Bréfritari: Sigríður Pálsdóttir
Viðtakandi: Páll Pálsson
Dagsetning: A-1856-03-03
Skrifað á: Hraungerði  Árn.
Páll var bróðir Sigríðar

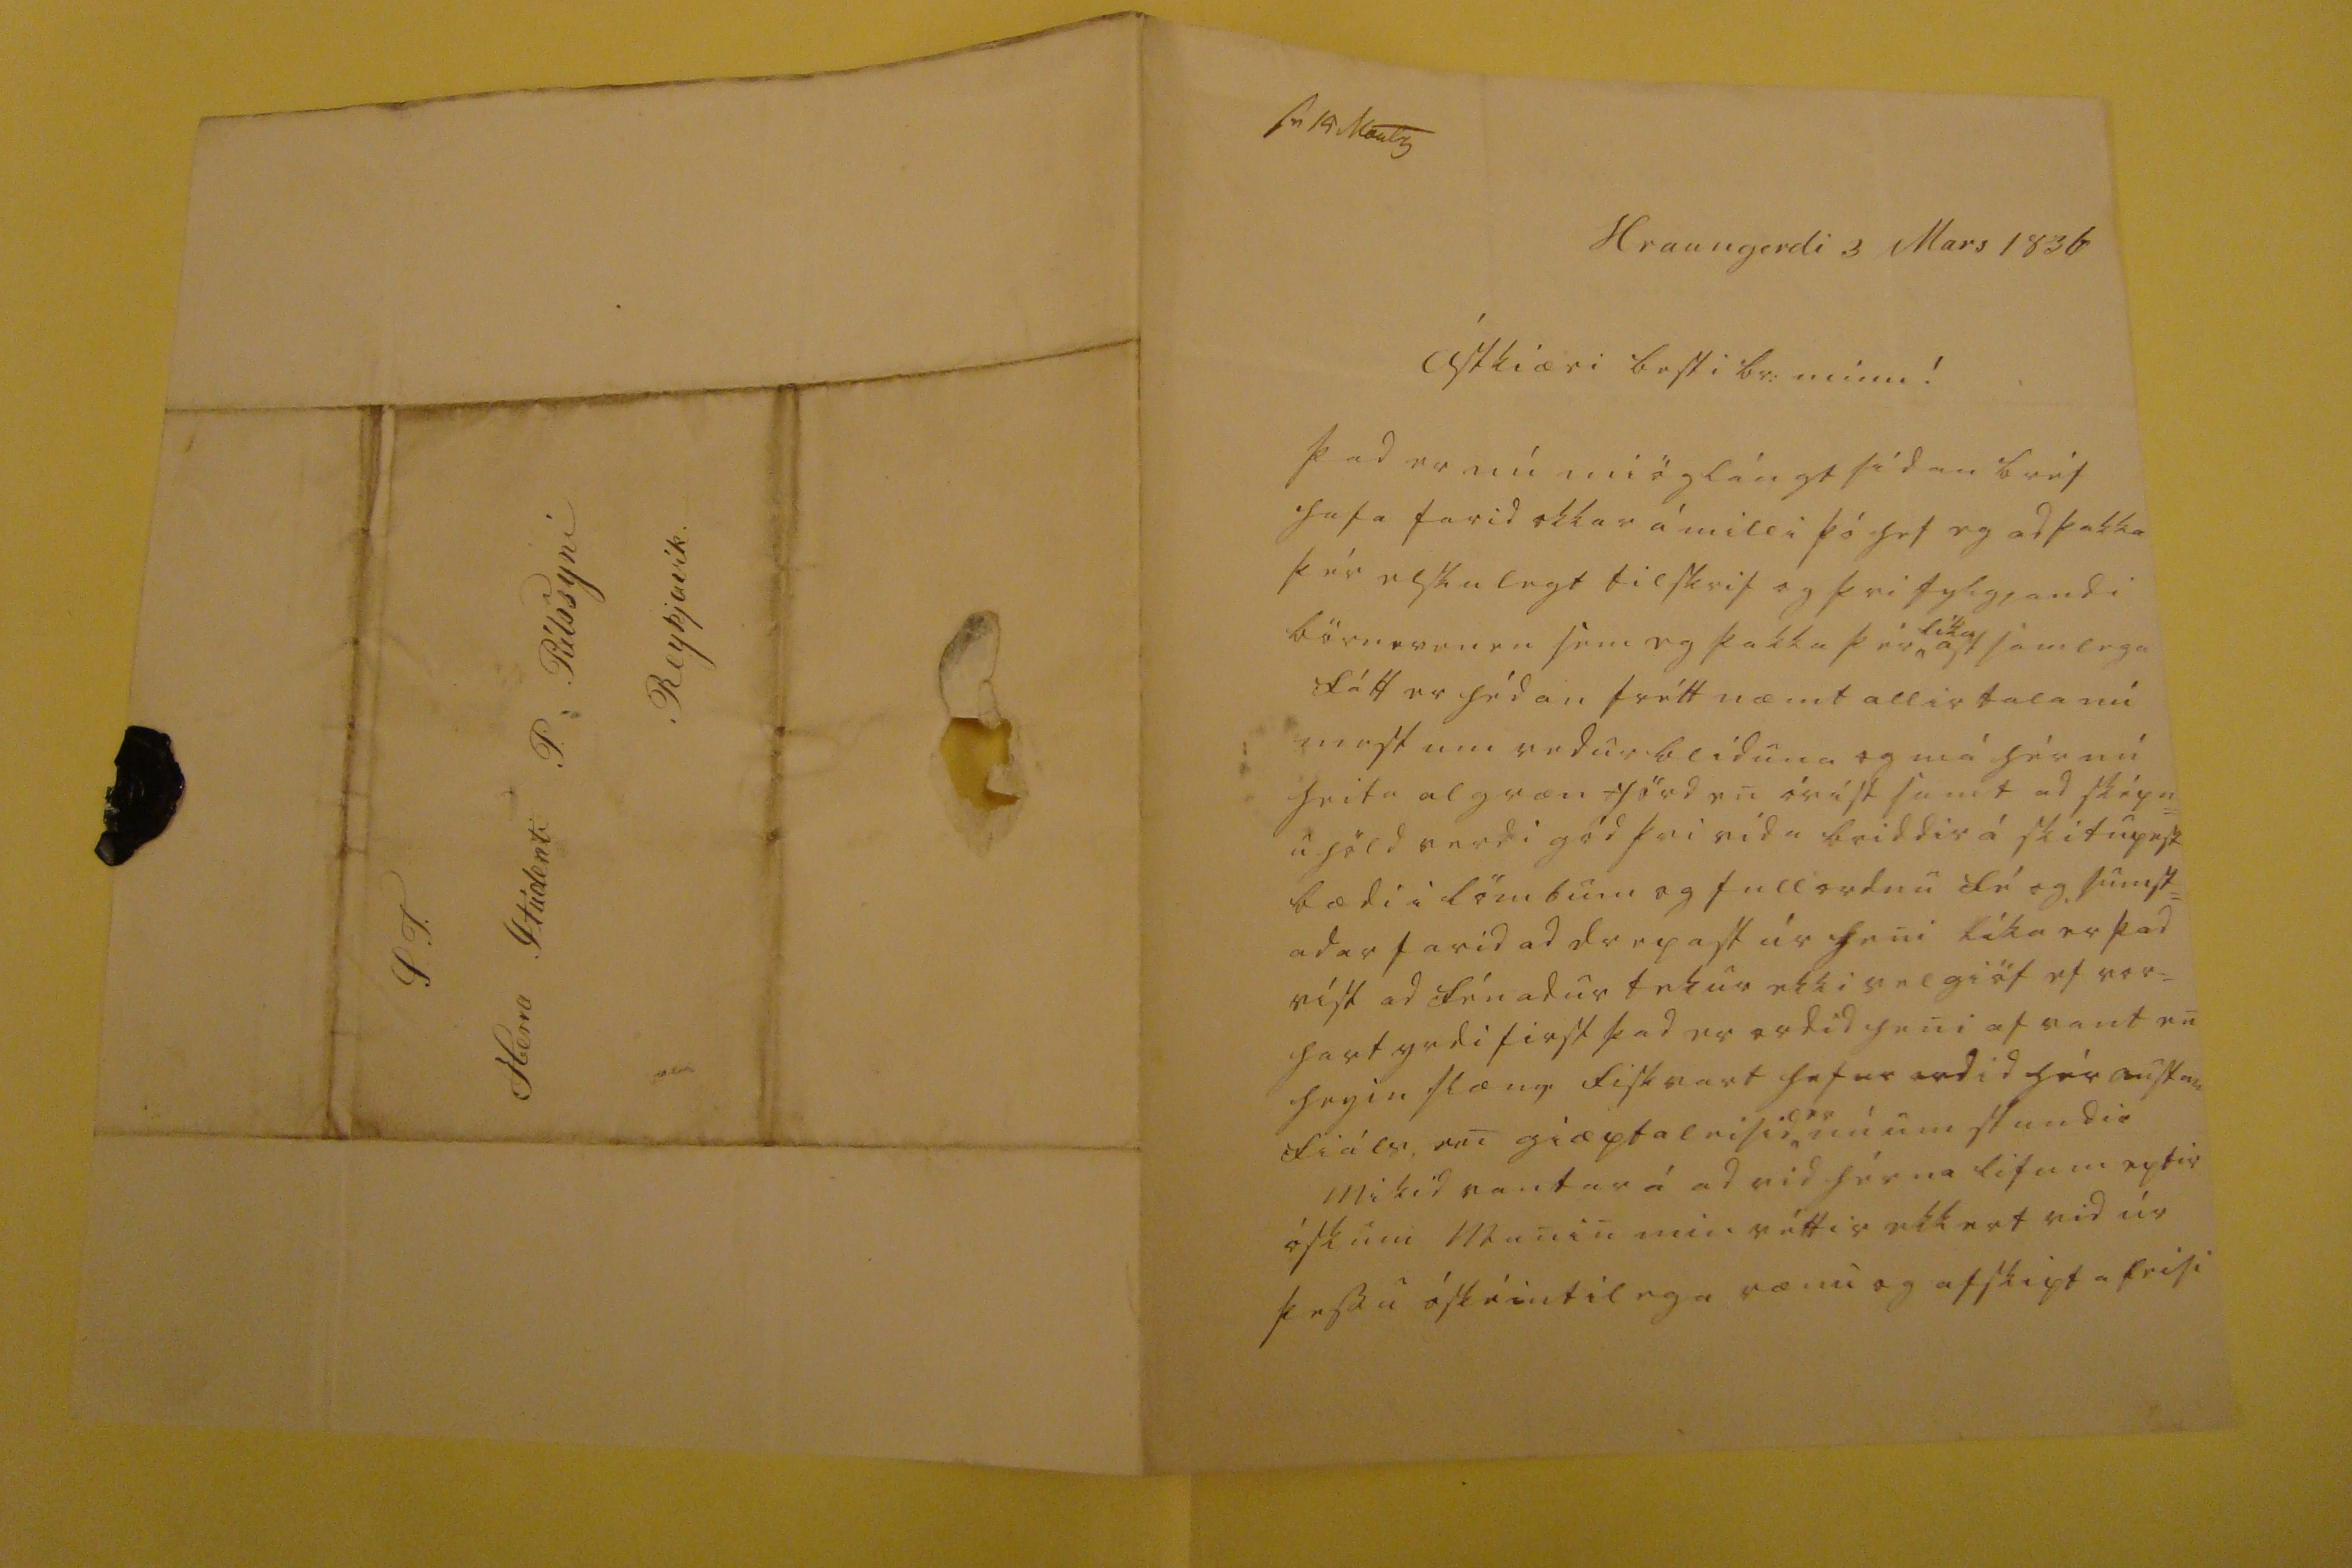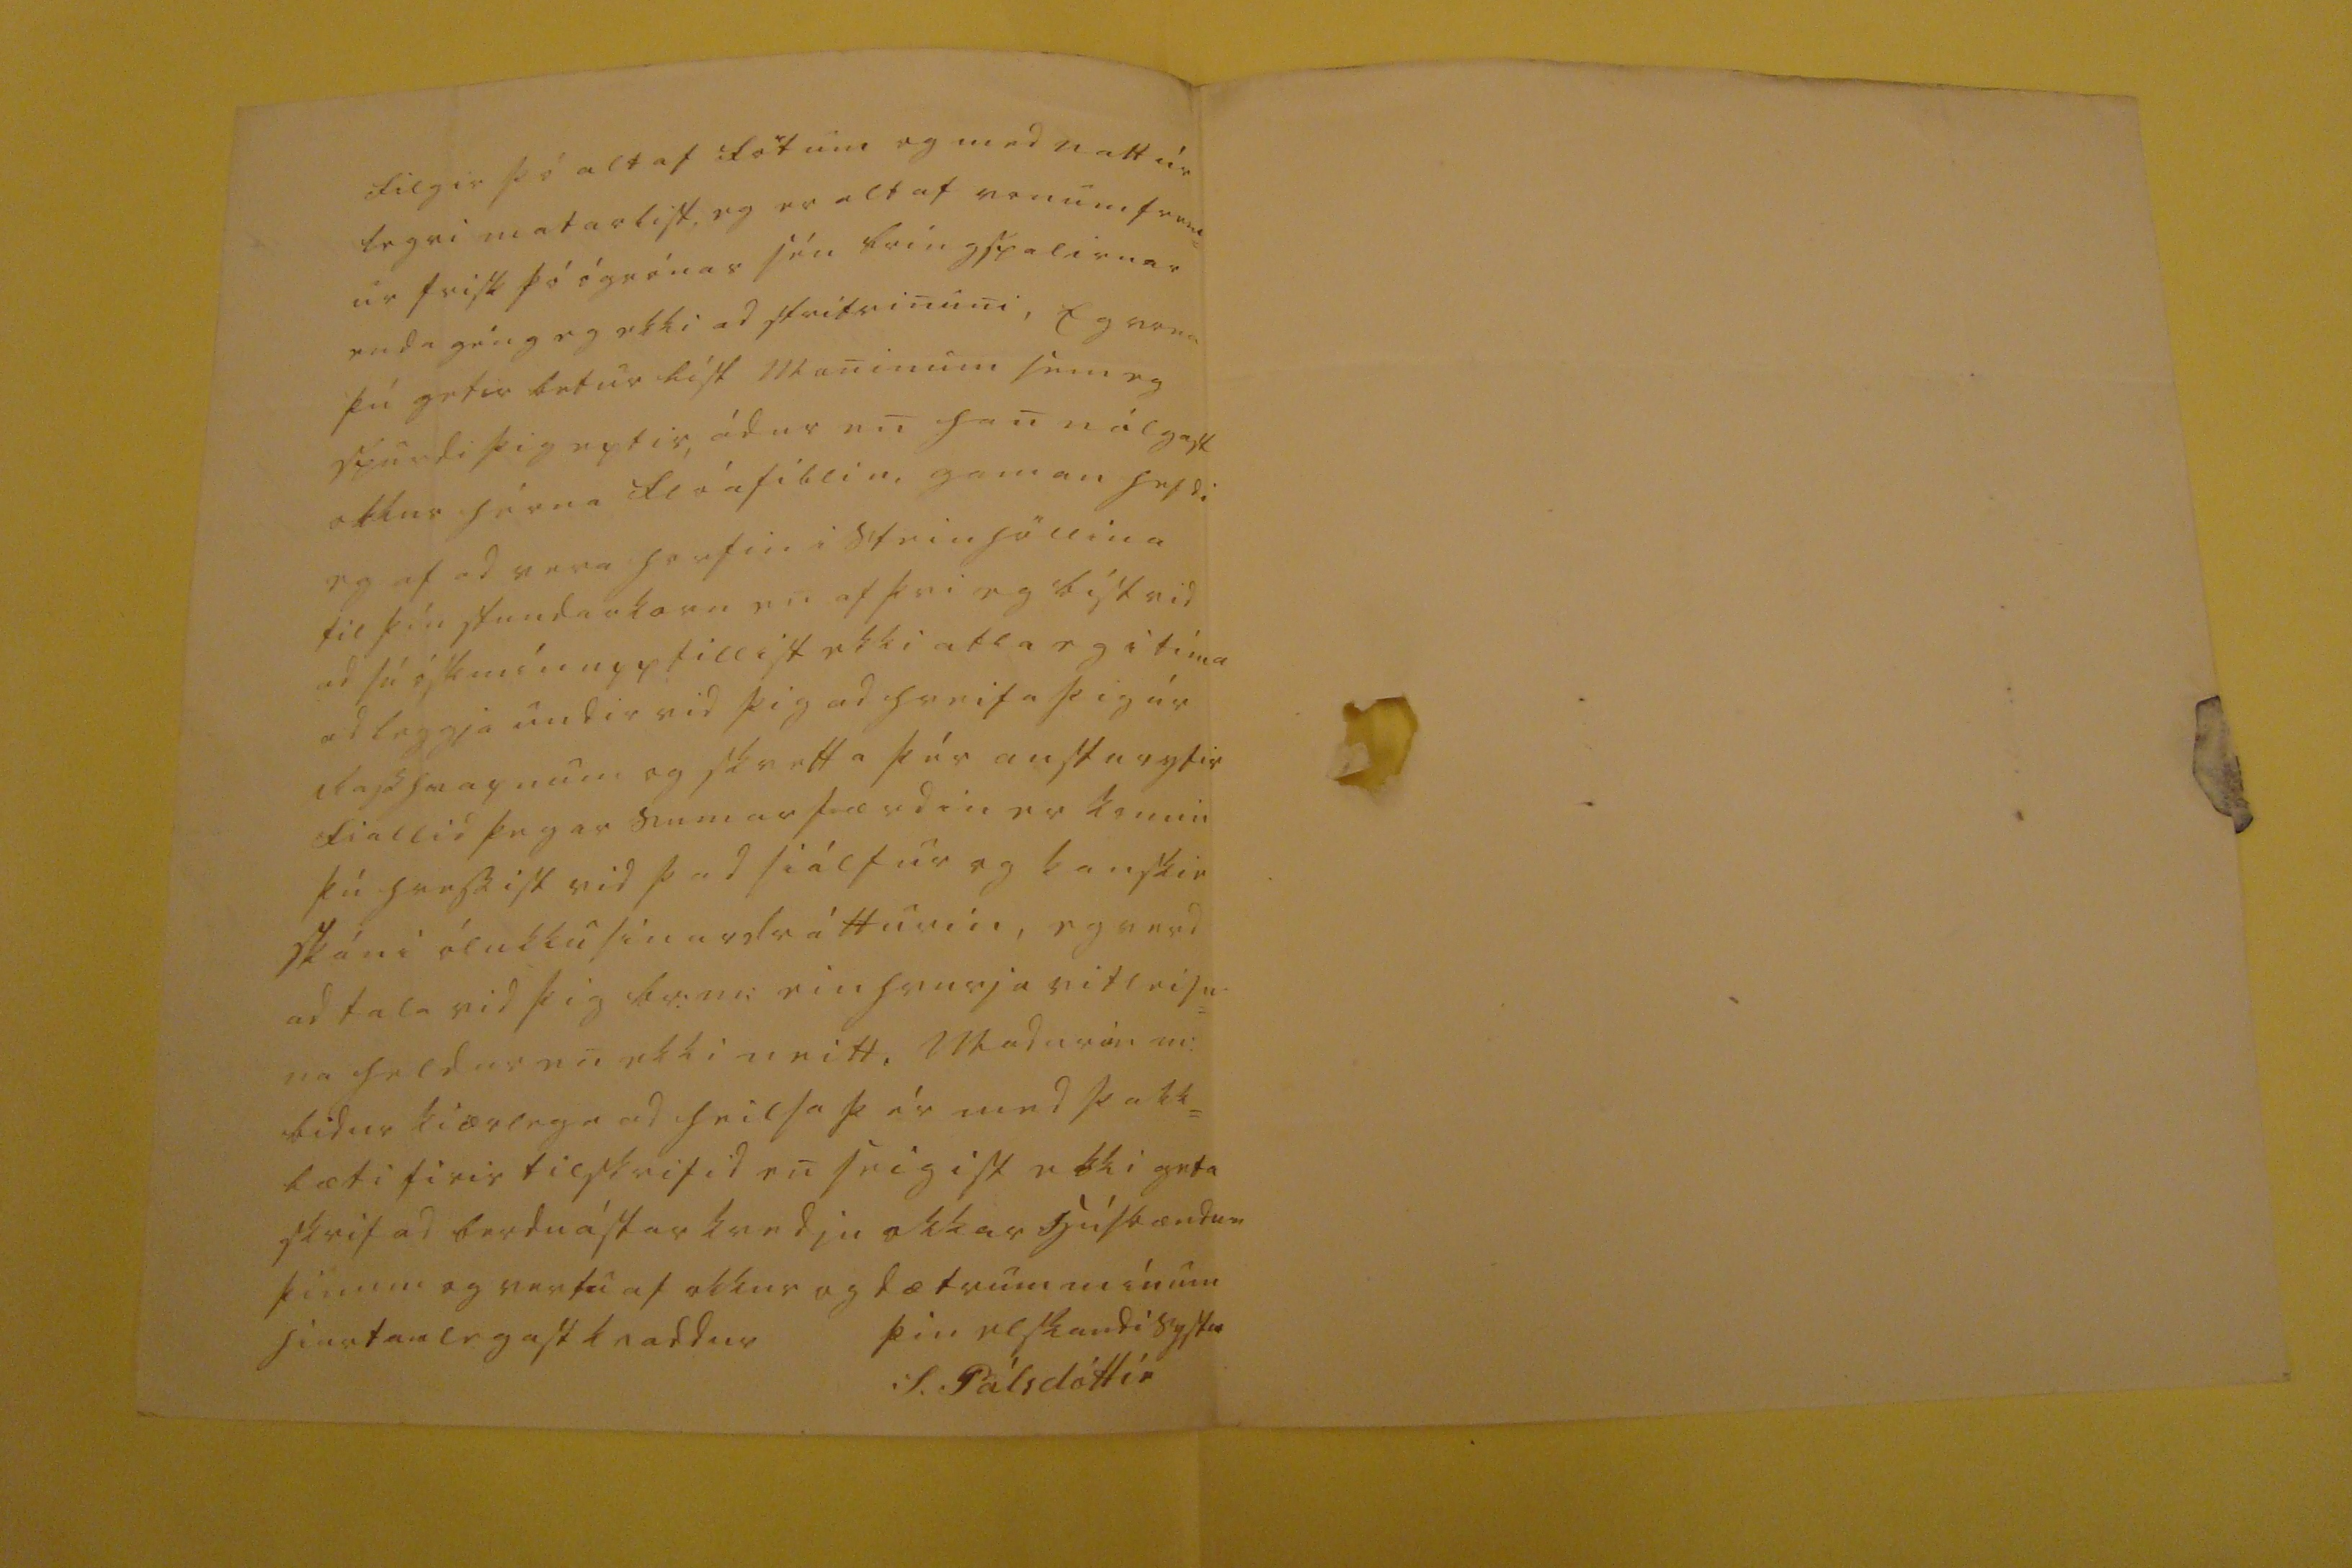

sv 19 Nov00
Hraungerdi 3 Mars 1856
Ástkiæri besti br: minn !
þad er nú miög lángt sidan bréf hafa farid okkar á milli þó hef eg ad þakka þér elskulegt tilskrif og þvi fylgjandi
bör000000
sem eg þakka þér,
líka
astsamlega fátt er hédan fréttnæmt allir tala nú mest um vedurbliduna og má hér nu heita algræn jörd en óvist samt ad sképn u höld verdi gód þvi vida beiddir á skitupest bædi i lömbum og fullordnu fé og sumst= adar farid ad drepast úr heni líka er þad víst ad fénadur tekur ekki vel giöf ef vor= hart yrdi first þad er ordid heni of vant en
hegin slæm
fiskvant hefur ordid hér austan fiáls en giæptaleisid,
er
nú um stundir mikid vantar á ad vid hérna lifum eptir óskum manin min réttir ekkert vid úr þessu óskémtilega rænu og afskiptaleisi
filgir þó altaf fötum og med
vatt úr begri
matarlist eg er altaf vonum frem ur frisk þó ógrónar séu bringspalirnar enda géng eg ekki ad stritvinuni, Eg vona þú getir betur list maninum sem eg spurdi þig eptir, ádur en han nálgast okkur hérna
flóafiblin,
gaman hefdi eg af ad vera horfin i Steinhöllina til þín stundarkorn en af þvi eg býst vid ad sú ósk mín uppfillist ekki atla eg i tíma ad leggja undir vid þig ad hreifa þig úr
dalshrepnum og skvetta
þér austur yfir fiallid þegar sumarferdin er komin þú hressist vid þad siálfur og kanskie skáni ólukku sinardrátturin, eg verd ad tala vid þig br:m: einhvurja vitleisu na heldur en ekki neitt, madurin m: bidur kiærlega ad heilsa þér med þakk= læti firir tilskrifid en seigist ekki geta skrifad berdu ástarkvedju okkar
húsbændum
þinum og vertu af okkur og dætrum mínum hiartanlega astkvaddur
þin elskandi systir
S. Pálsdóttir
S.T. Herra Stúdenti P. Pálssyni Reykjavik